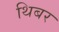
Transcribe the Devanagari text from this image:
थिबर